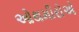
ઓથમીરોએ